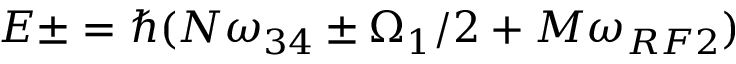
E \pm = \hbar ( N \omega _ { 3 4 } \pm \Omega _ { 1 } / 2 + M \omega _ { R F 2 } )